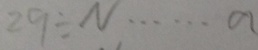
2 9 \div N \cdots a